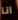
انا